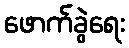
ဖောက်ခွဲရေး